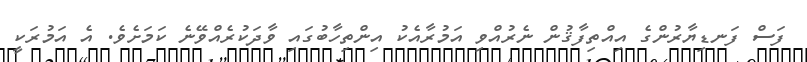
ފަސް ފަނޑިޔާރުންގެ އިއްތިފާޤުން ނެރުއްވި އަމުރާއެކު އިންތިހާބުގައި ވާދަކުރެއްވޭނެ ކަމަށެވެ. އެ އަމުރަކީ